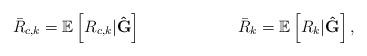
LaTeX: \begin{align*} \bar{R}_{c,k}&=\mathbb{E}\left[R_{c,k}|\mathbf{\hat{G}}\right] & \bar{R}_{k}=\mathbb{E}\left[R_{k}|\mathbf{\hat{G}}\right],\end{align*}